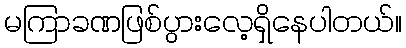
မကြာခဏဖြစ်ပွားလေ့ရှိနေပါတယ်။